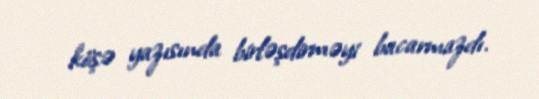
köşə yazısında birləşdirməyi bacarmazdı.